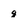
Character: g